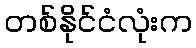
တစ်နိုင်ငံလုံးက